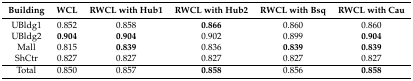
| Building | WCL | RWCL with Hub1 | RWCL with Hub2 | RWCL with Bsq | RWCL with Cau |
 | --- | --- | --- | --- | --- | --- |
 | UBldg1 | 0.852 | 0.858 | 0.866 | 0.860 | 0.860 |
 | UBldg2 | 0.904 | 0.904 | 0.902 | 0.899 | 0.904 |
 | Mall | 0.815 | 0.839 | 0.836 | 0.839 | 0.839 |
 | ShCtr | 0.827 | 0.827 | 0.827 | 0.827 | 0.827 |
 | Total | 0.850 | 0.857 | 0.858 | 0.856 | 0.858 |